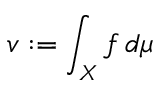
v : = \int _ { X } f \, d \mu